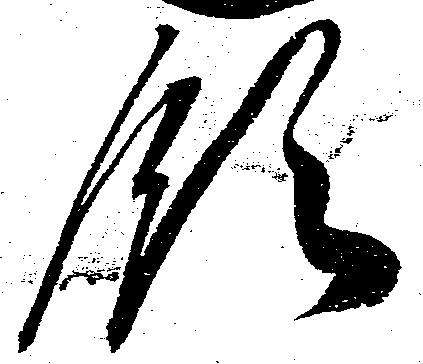
領